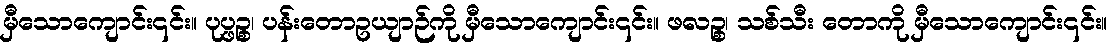
မှီသောကျောင်း၎င်း။ ပုပ္ဖဉ္စ၊ ပန်းတောဥယျာဉ်ကို မှီသောကျောင်း၎င်း။ ဖလဉ္စ၊ သစ်သီး တောကို မှီသောကျောင်း၎င်း။